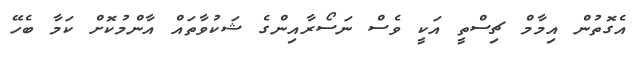
އެގޮތުން އިމާމް ޗިސްތީ އަކީ ވެސް ނަސޯރާއިންގެ ޝަކުވާތައް އާންމުކޮށް ކަމާ ބެހޭ